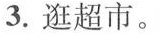
3.逛超市。